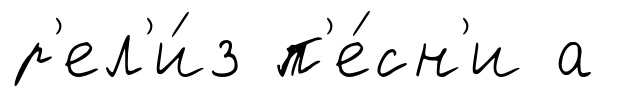
р'ел'и́з п'е́сн'и а